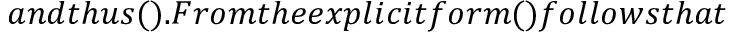
a n d t h u s ( ) . F r o m t h e e x p l i c i t f o r m ( ) f o l l o w s t h a t